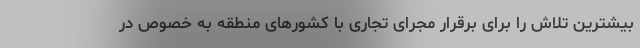
بیشترین تلاش را برای برقرار مجرای تجاری با کشورهای منطقه به خصوص در